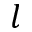
l